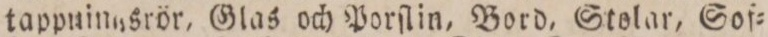
tappningsrör, Glas och Porſlin, Bord, Stolar, Sof=